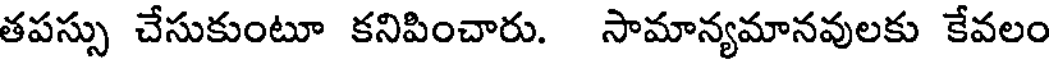
తపస్సు చేసుకుంటూ కనిపించారు. సామాన్యమానవులకు కేవలం